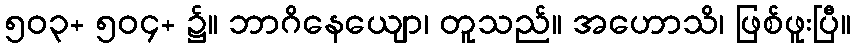
၅၀၃+ ၅၀၄+ ၌။ ဘာဂိနေယျော၊ တူသည်။ အဟောသိ၊ ဖြစ်ဖူးပြီ။